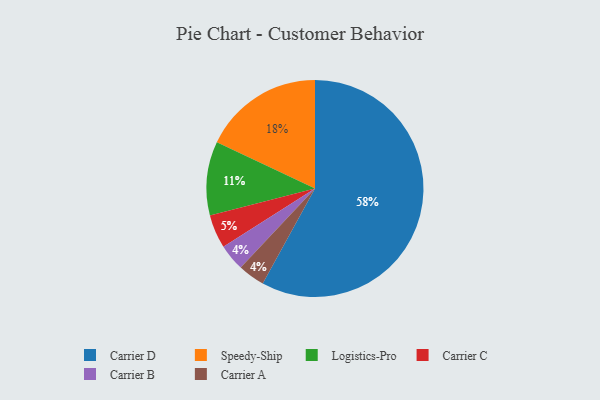
{"axis": {"x": "Category", "y": "Percentage"}, "legend": ["Carrier A", "Carrier B", "Carrier C", "Carrier D", "Logistics-Pro", "Speedy-Ship"], "data": [{"x": "Logistics-Pro", "y": 11, "type": "Logistics-Pro"}, {"x": "Carrier B", "y": 4, "type": "Carrier B"}, {"x": "Speedy-Ship", "y": 18, "type": "Speedy-Ship"}, {"x": "Carrier D", "y": 58, "type": "Carrier D"}, {"x": "Carrier A", "y": 4, "type": "Carrier A"}, {"x": "Carrier C", "y": 5, "type": "Carrier C"}]}